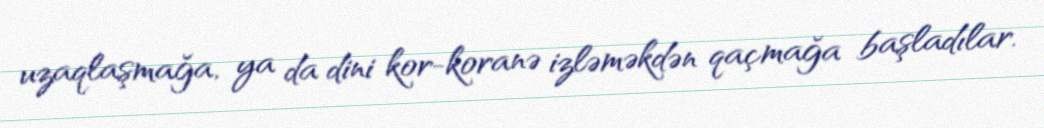
uzaqlaşmağa, ya da dini kor-koranə izləməkdən qaçmağa başladılar.